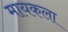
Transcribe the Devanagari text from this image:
मायकला